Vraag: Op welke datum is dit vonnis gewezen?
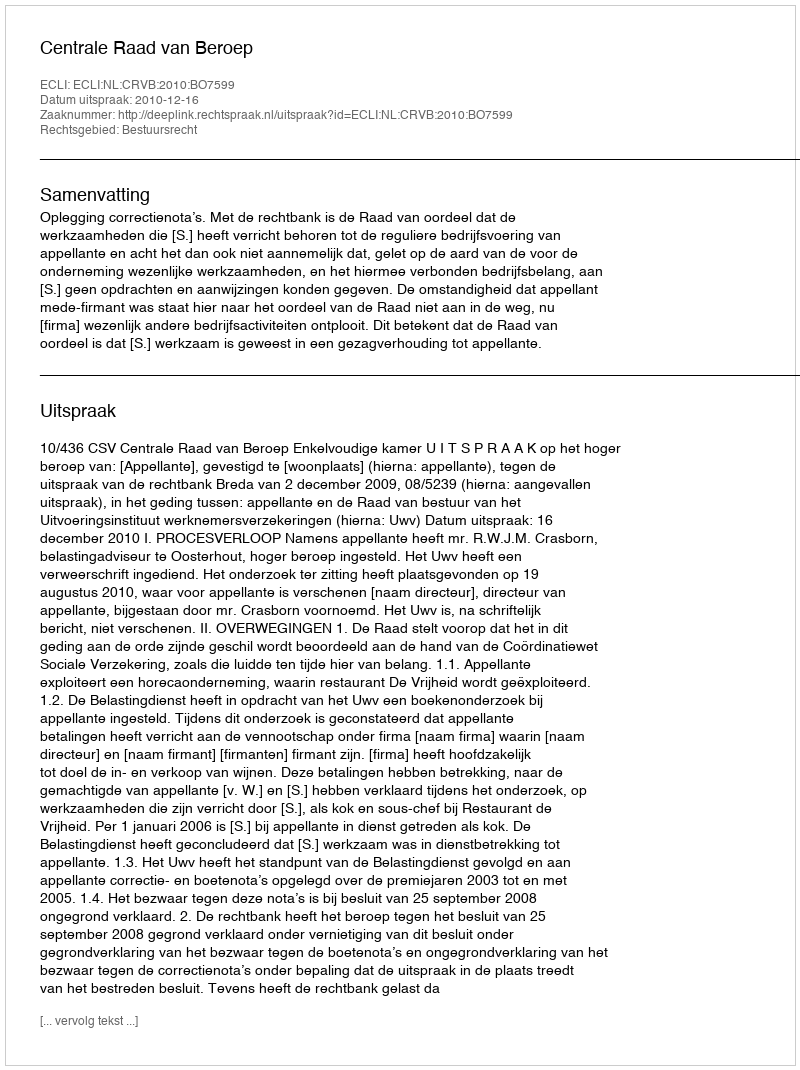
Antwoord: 2010-12-16